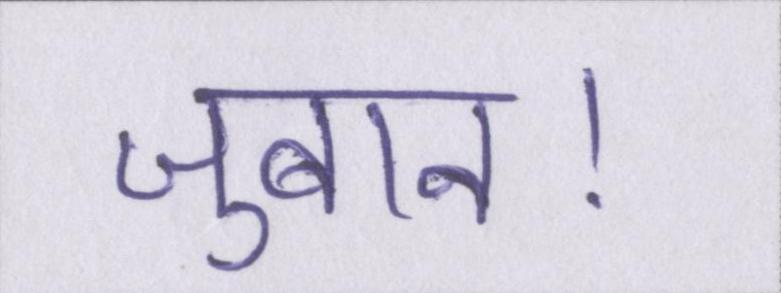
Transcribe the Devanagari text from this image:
जुबान।